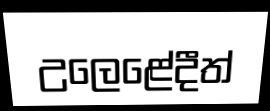
උලෙළේදීත්